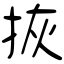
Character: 拻